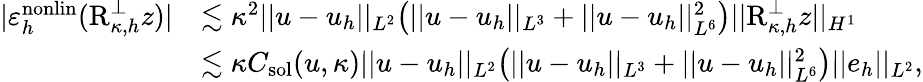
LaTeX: \begin{array}{rl}{|\varepsilon_{h}^{\mathrm{nonlin}}(\textup{R}_{\kappa,h}^{\perp}z)|}&{\lesssim\kappa^{2}\lvert|u-u_{h}\rvert|_{L^{2}}\bigl(\lvert|u-u_{h}\rvert|_{L^{3}}+\lvert|u-u_{h}\rvert|_{L^{6}}^{2}\bigr)\lvert|\textup{R}_{\kappa,h}^{\perp}z\rvert|_{H^{1}}}\\ &{\lesssim\kappa C_{\textup{sol}}(u,\kappa)\lvert|u-u_{h}\rvert|_{L^{2}}\bigl(\lvert|u-u_{h}\rvert|_{L^{3}}+\lvert|u-u_{h}\rvert|_{L^{6}}^{2}\bigr)\lvert|e_{h}\rvert|_{L^{2}},}\end{array}